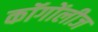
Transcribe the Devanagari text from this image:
कॉगोंलीज